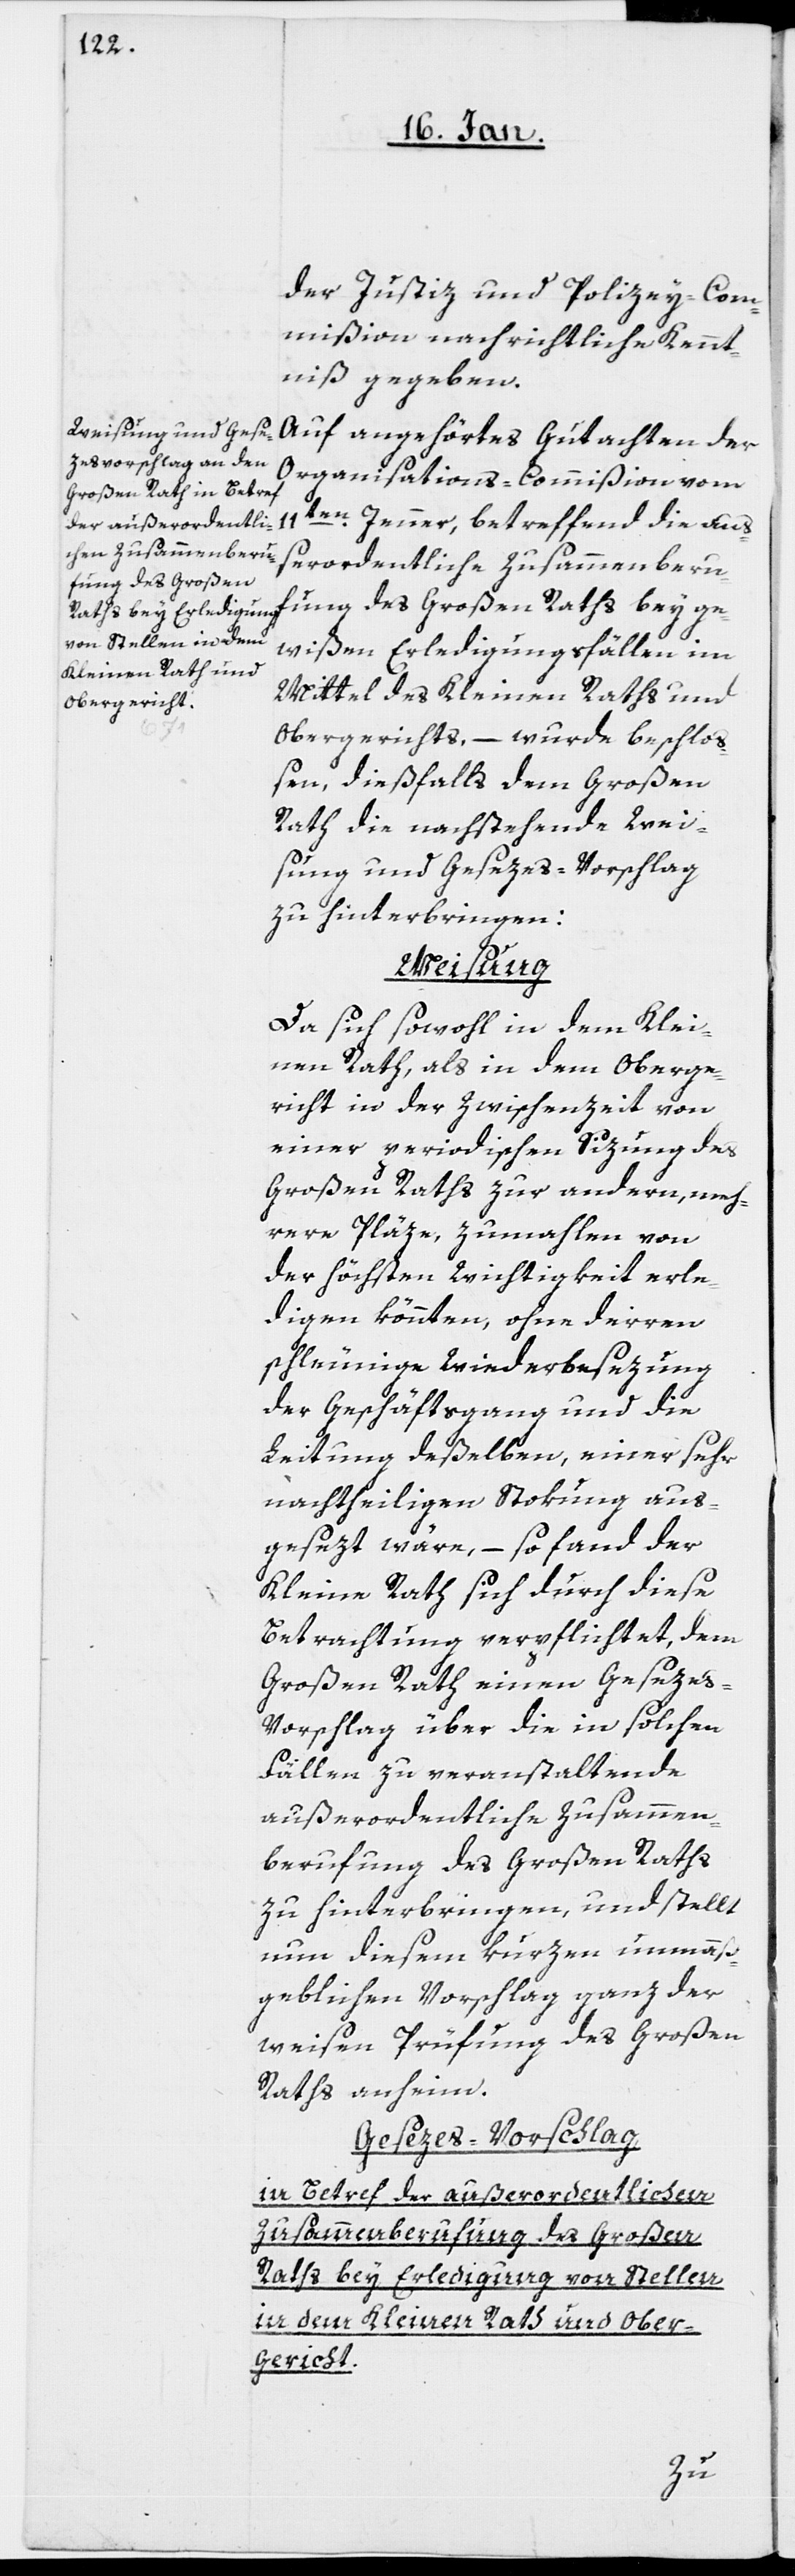
Raths bey Erledigung
von Stellen in dem
Kleinen Rath und
Obergericht.

der Justiz- und Polizey-Com¬
mißion nachrichtlich Kennt¬
niß gegeben.
Auf angehörtes Gutachten der
Organisations-Commißion vom
11ten. Jenner, betreffend die auß¬
erordentliche Zusammenberu¬
fung des Großen Raths bey ge¬
wißen Erledigungsfällen im
Mittel des Kleinen Raths und
Obergerichts, – wurde beschlo¬
ßen, dießfalls dem Großen
Rath die nachstehende Wei¬
sung und Gesezes-Vorschlag
zu hinterbringen:
Weisung
Da sich sowohl in dem Klei¬
nen Rath, als in dem Oberge¬
richt in der Zwischenzeit von
einer periodischen Sizung des
Großen Raths zur andern, meh¬
rere Pläze, zumahlen von
der höchsten Wichtigkeit erle¬
digen könnten, ohne derren
schleunige Wiederbesezung
der Geschäftsgang und die
Leitung deßelben, einer sehr
nachtheiligen Stokung aus¬
gesezt wäre, – so fand der
Kleine Rath sich durch diese
Betrachtung verpflichtet, dem
Großen Rath einen Geseze¬
s-Vorschlag über die in solchen
Fällen zu veranstaltende
außerordentliche Zusammen¬
berufung des Großen Raths
zu hinterbringen, und stellt
nun diesem kurzen unmaß¬
geblichen Vorschlag ganz der
weisen Prüfung des Großen
Raths anheim.
Gesezes-Vorschlag
in Betref der außerordentlichen
Zusammenberufung des Großen